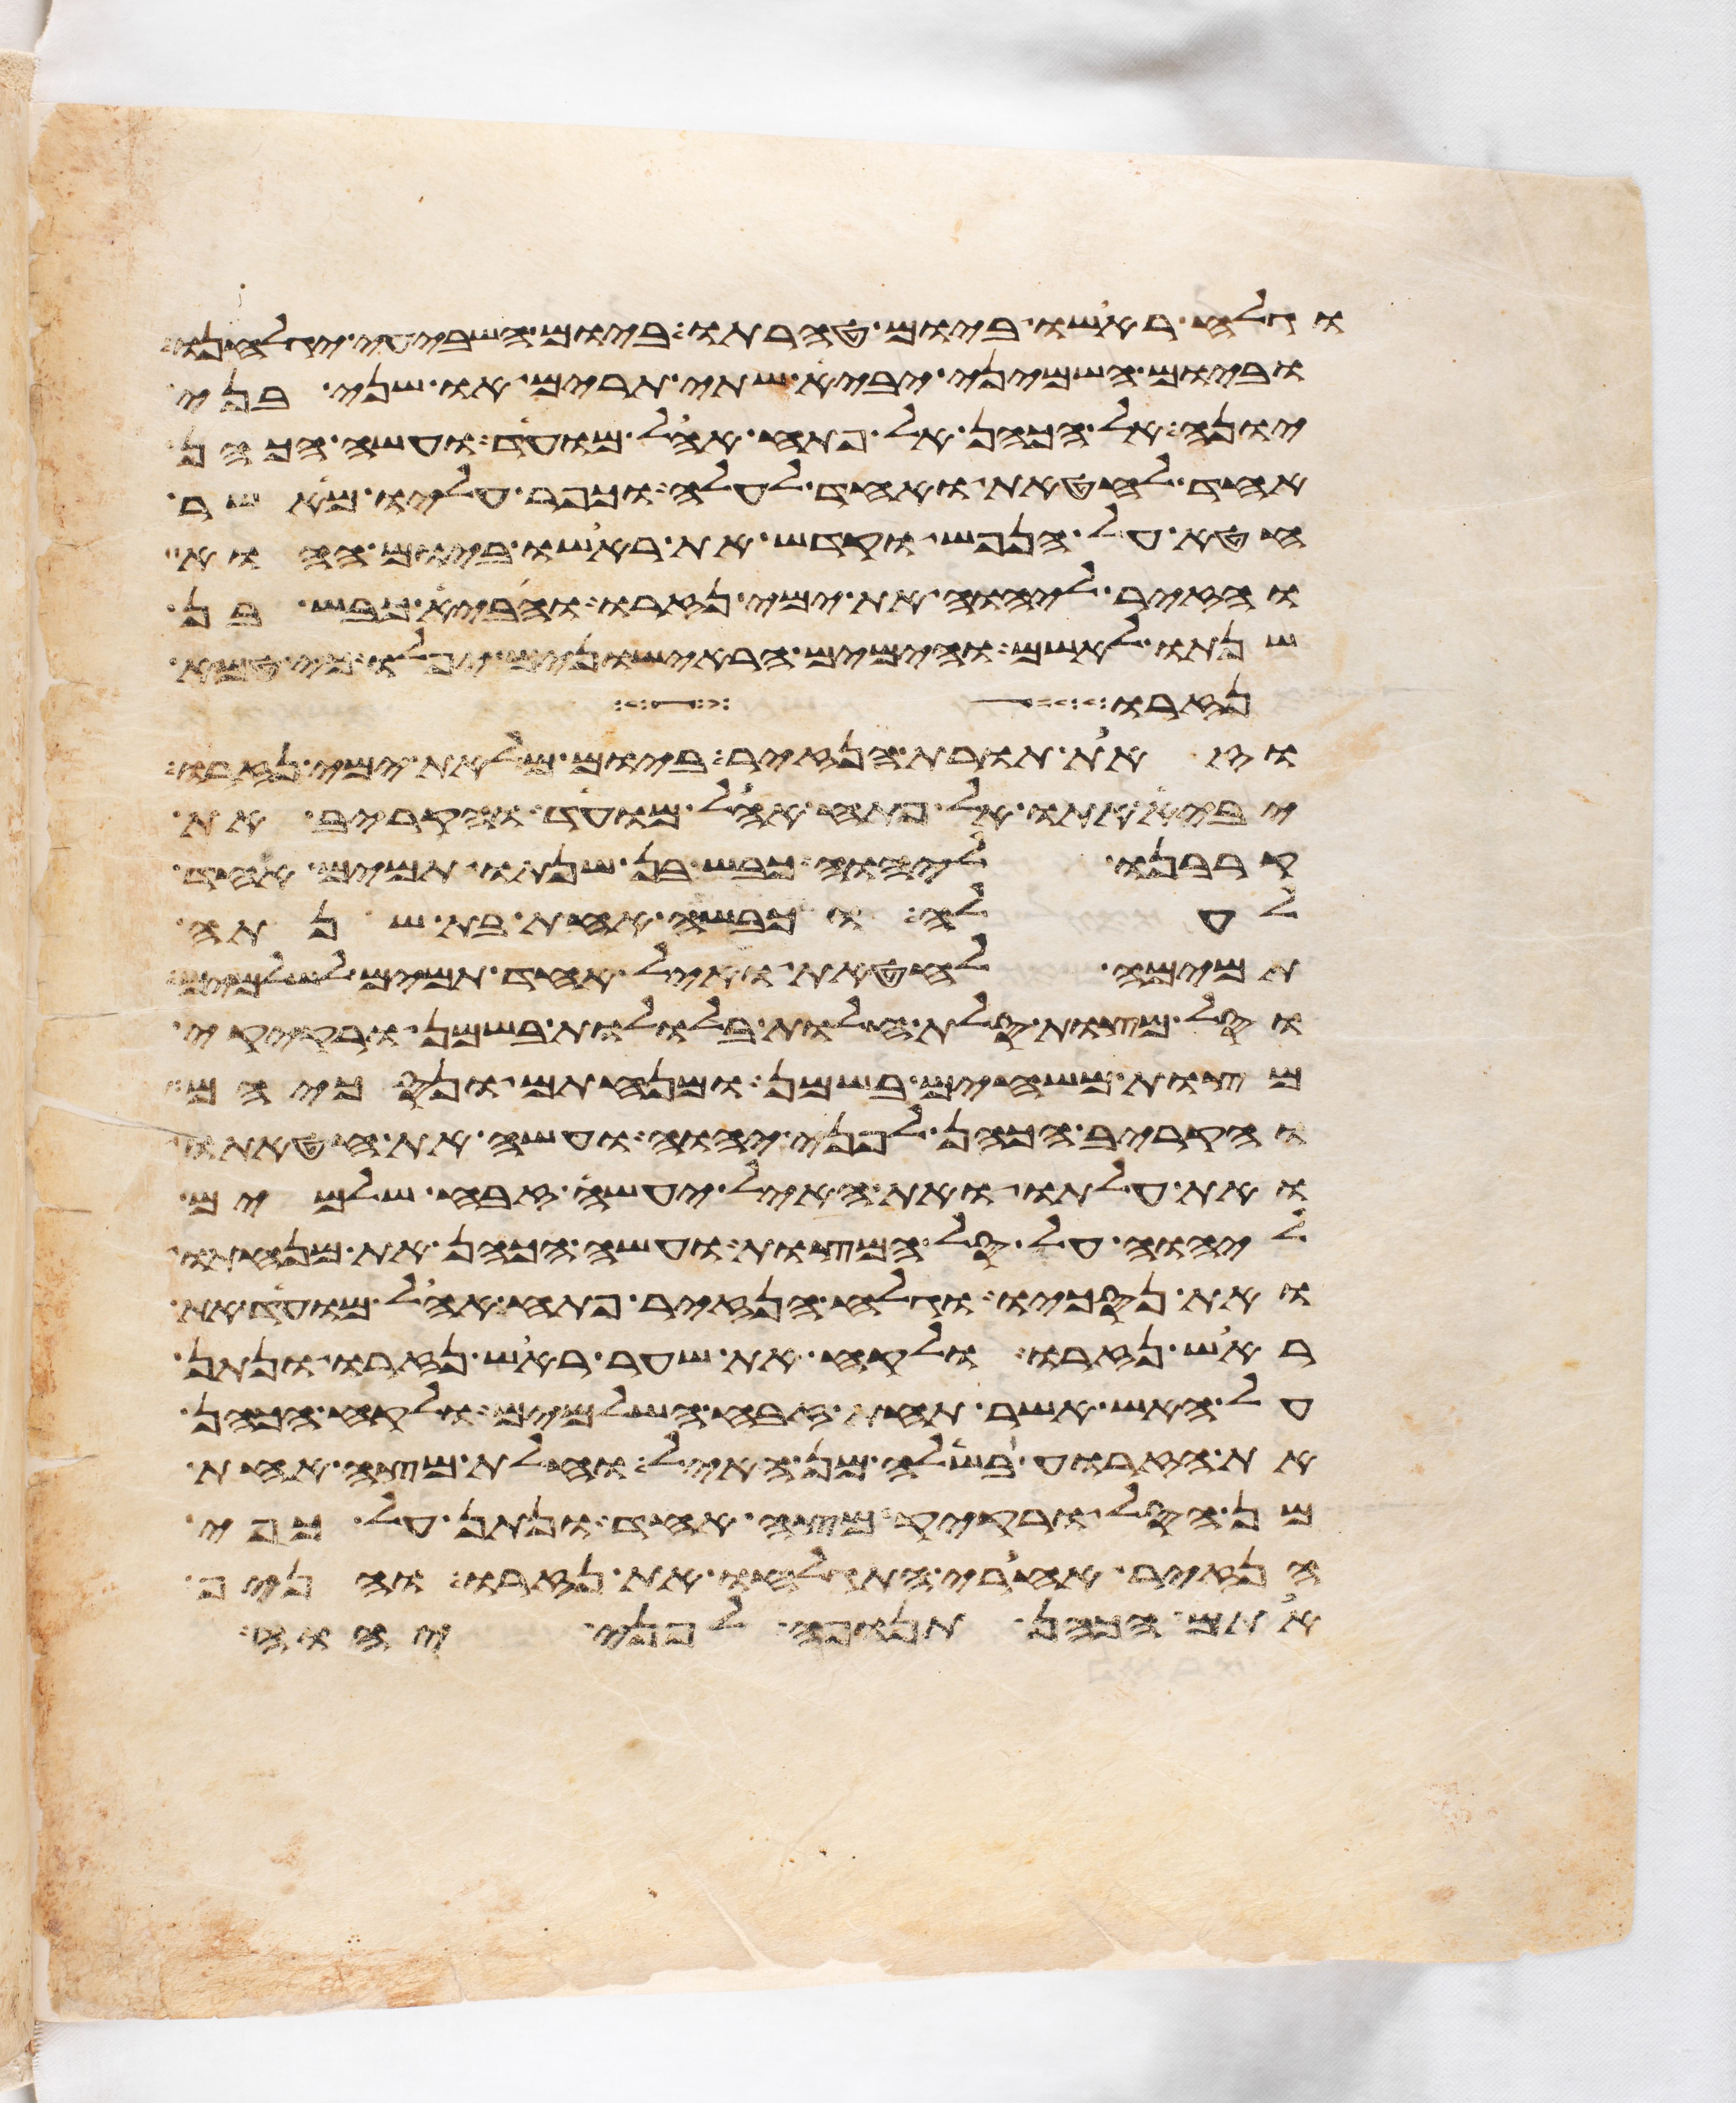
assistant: וגלח ראשו ביום טהרתו ביום השביעי יגלחנו
וביום השמיני יביא שתי תרים או שני בני
יונה אל הכהן אל פתח אהל מועד ועשה הכהן
אחד לחטאת ואחד לעלה וכפר עליו מאשר
חטא על הנפש וקדש את ראשו ביום ההוא
והזיר ליהוה את ימי נזרו והביא כבש בן
שנתו לאשם והימים הראישונים יפלו כי טמא
נזרו
וזאת תורת הנזיר ביום מלאת ימי נזרו
יביא אתו אל פתח אהל מועד והקריב את
קרבנו ליהוה כבש בן שנתו תמים אחד
לעלה וכבשה אחת בת שנתה
תמימה לחטאת ואיל אחד תמים לשלמים
וסל מצות סלת חלות בללות בשמן ורקיקי
מצות משחים בשמן ומנחתם ונסכיהם
והקריב הכהן לפני יהוה ועשה את חטאתו
ואת עלתו ואת האיל יעשה זבח שלמים
ליהוה על סל המצות ועשה הכהן את מנחתו
ואת נסכו וגלח הנזיר פתח אהל מועד את
ראש נזרו ולקח את שער ראש נזרו ונתן
על האש אשר תחת זבח השלמים ולקח הכהן
את הזרוע בשלה מן האיל וחלת מצה אחת
מן הסל ורקיק מצה אחד ונתן על כפי
הנזיר אחרי התגלח את נזרו והניף
אתם הכהן תנופה לפני יהוה